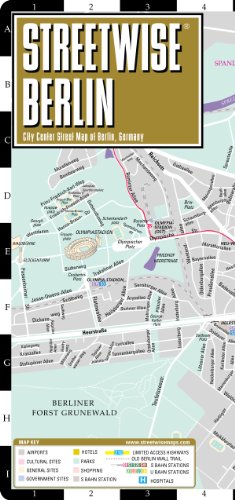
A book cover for Streetwise Berlin Map - Laminated City Center Street Map of Berlin, Germany - Folding pocket size travel map with metro map including S-Bahn and U-Bahn; Streetwise Maps; Reference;